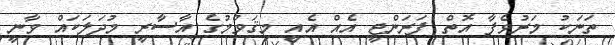
ތަނަކު މަރުވެފާ އޮތް ފަރަންޖީ އެއް އެއީ މިޤަވްމުގެ އާސާރީ މުދަލަކައް ވާނީ